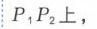
\(P_{1}P_{2}\)上，